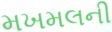
મખમલની